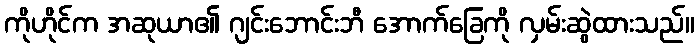
ကိုဟိုင်က အဆုယာ၏ ဂျင်းဘောင်းဘီ အောက်ခြေကို လှမ်းဆွဲထားသည်။